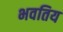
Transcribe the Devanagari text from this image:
भवतिय